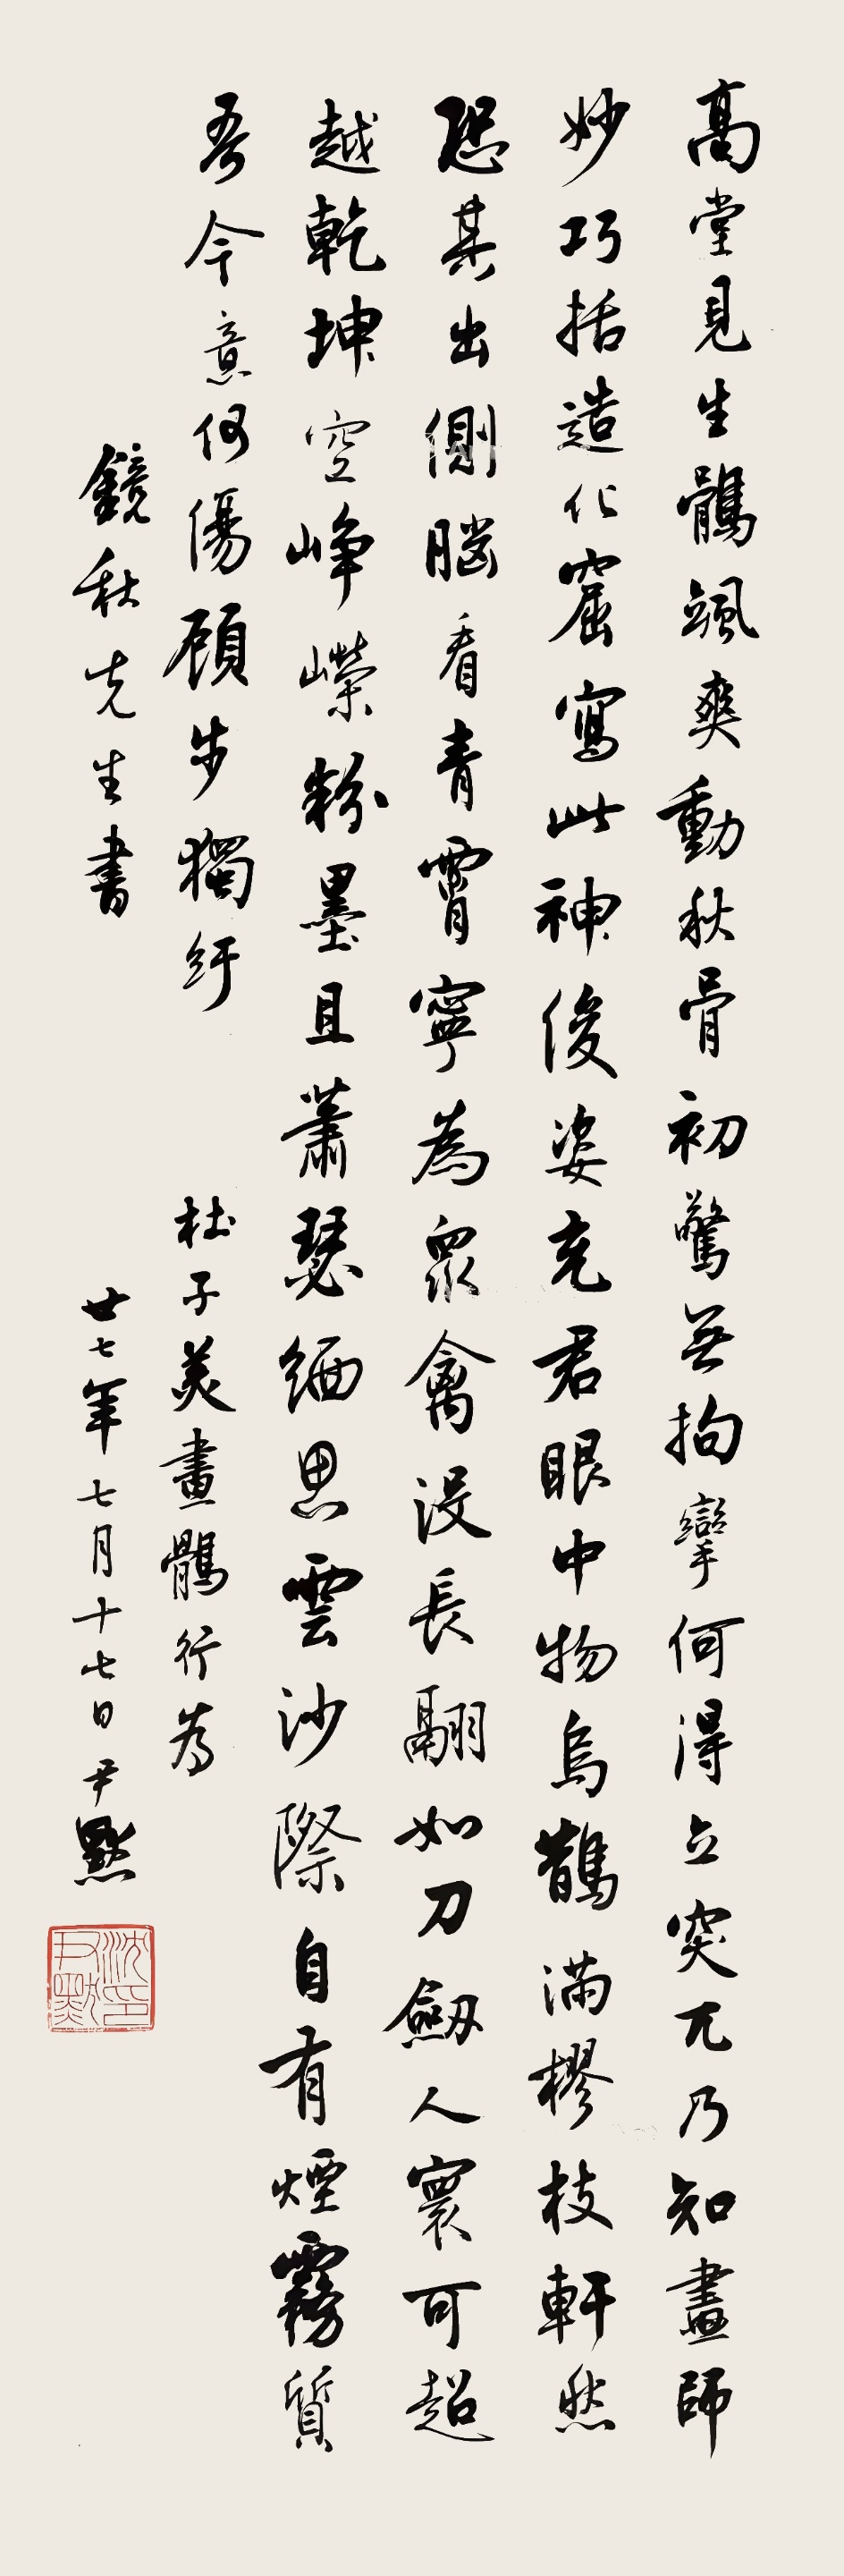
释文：高堂见生鹘，飒爽动秋骨。初惊无拘挛，何得立突兀。乃知画师妙，巧括造化窟。写此神俊姿，充君眼中物。乌鹊满樛枝，轩然恐其出。侧脑看青霄，宁为众禽没。长翮如刀剑，人寰可超越。乾坤空峥嵘，粉墨且萧瑟。缅思云沙际，自有烟雾质。吾今意何伤，顾步独纡。杜子美画鹘行，为镜秋先生书，廿七年七月十七日，尹默。